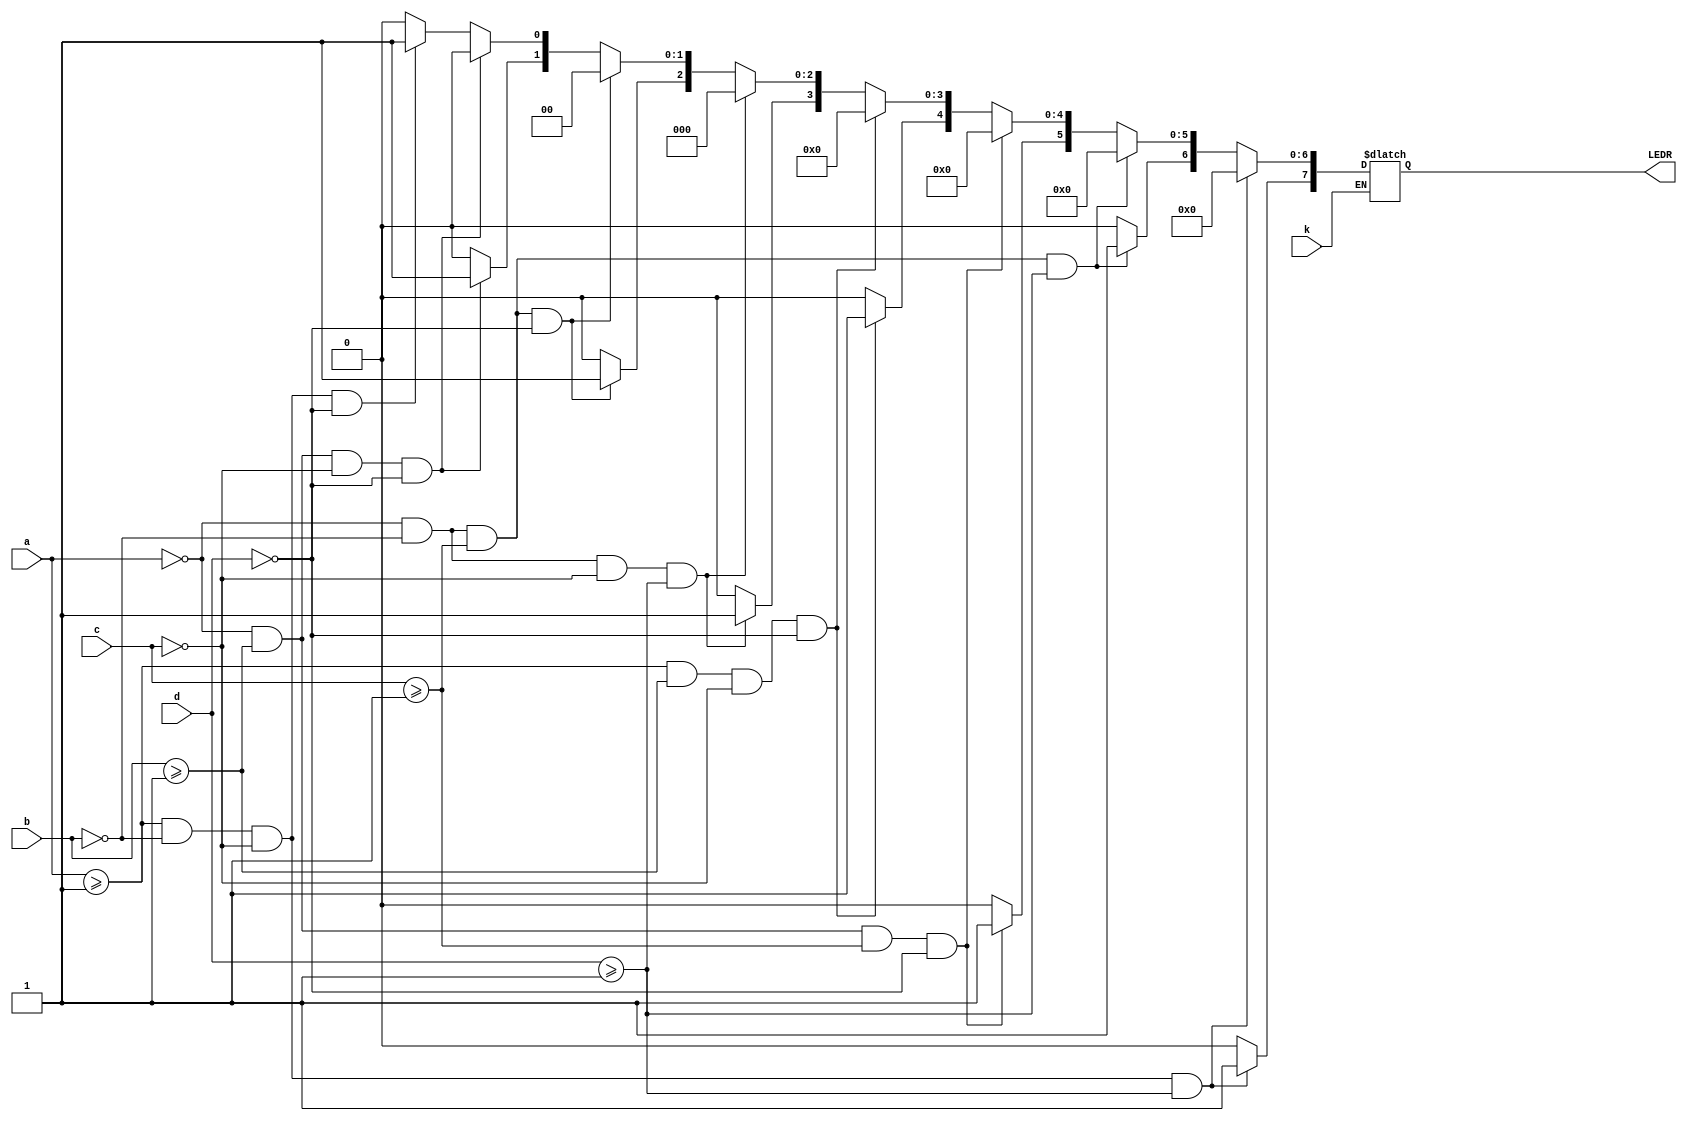
module algorithmtester(a, b, c, d, k, LEDR);
	output reg [7:0]LEDR;
	input a, b, c, d, k;
	
	always@(*)
	begin
		if(k==0)
		begin
		
			LEDR[7:0] = 0;
		
			if(a>=1 && b==0 && c==0 && d==0)
			begin	
				LEDR[0] = 1;
				LEDR[7:1] = 0;
			end
		
			if(a==0 && b>=1 && c==0 && d==0)
			begin	
				LEDR[0] = 0;
				LEDR[1] = 1;
				LEDR[7:2] = 0;
			end
		
			if(a==0 && b==0 && c>=1 && d==0)
			begin	
				LEDR[1:0] = 0;
				LEDR[2] = 1;
				LEDR[7:3] = 0;
			end
		
			if(a==0 && b==0 && c==0 && d>=1)
			begin	
				LEDR[2:0] = 0;
				LEDR[3] = 1;
				LEDR[7:4] = 0;
			end
		
			if(a>=1 && b>=1 && c==0 && d==0)
			begin	
				LEDR[3:0] = 0;
				LEDR[4] = 1;
				LEDR[7:5] = 0;
			end
		
			if(a==0 && b>=1 && c>=1 && d==0)
			begin	
				LEDR[4:0] = 0;
				LEDR[5] = 1;
				LEDR[7:6] = 0;
			end
		
			if(a==0 && b==0 && c>=1 && d>=1)
			begin	
				LEDR[5:0] = 0;
				LEDR[6] = 1;
				LEDR[7] = 0;
			end
		
			if(a>=1 && b==0 && c==0 && d>=1)
			begin	
				LEDR[6:0] = 0;
				LEDR[7] = 1;
			end
		
		end
	end

endmodule